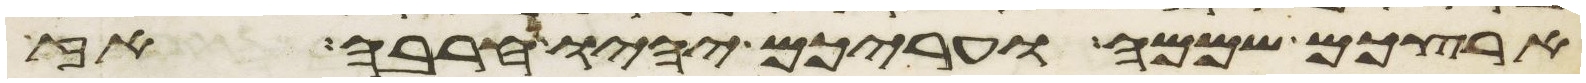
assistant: ארצכם שממה ועריכם יהיו חרבה אז